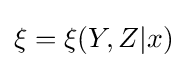
\xi =\xi (Y,Z|x)